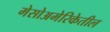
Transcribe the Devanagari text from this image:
मेसोअमेरिकेतील